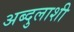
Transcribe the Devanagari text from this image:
अब्दुलाशी